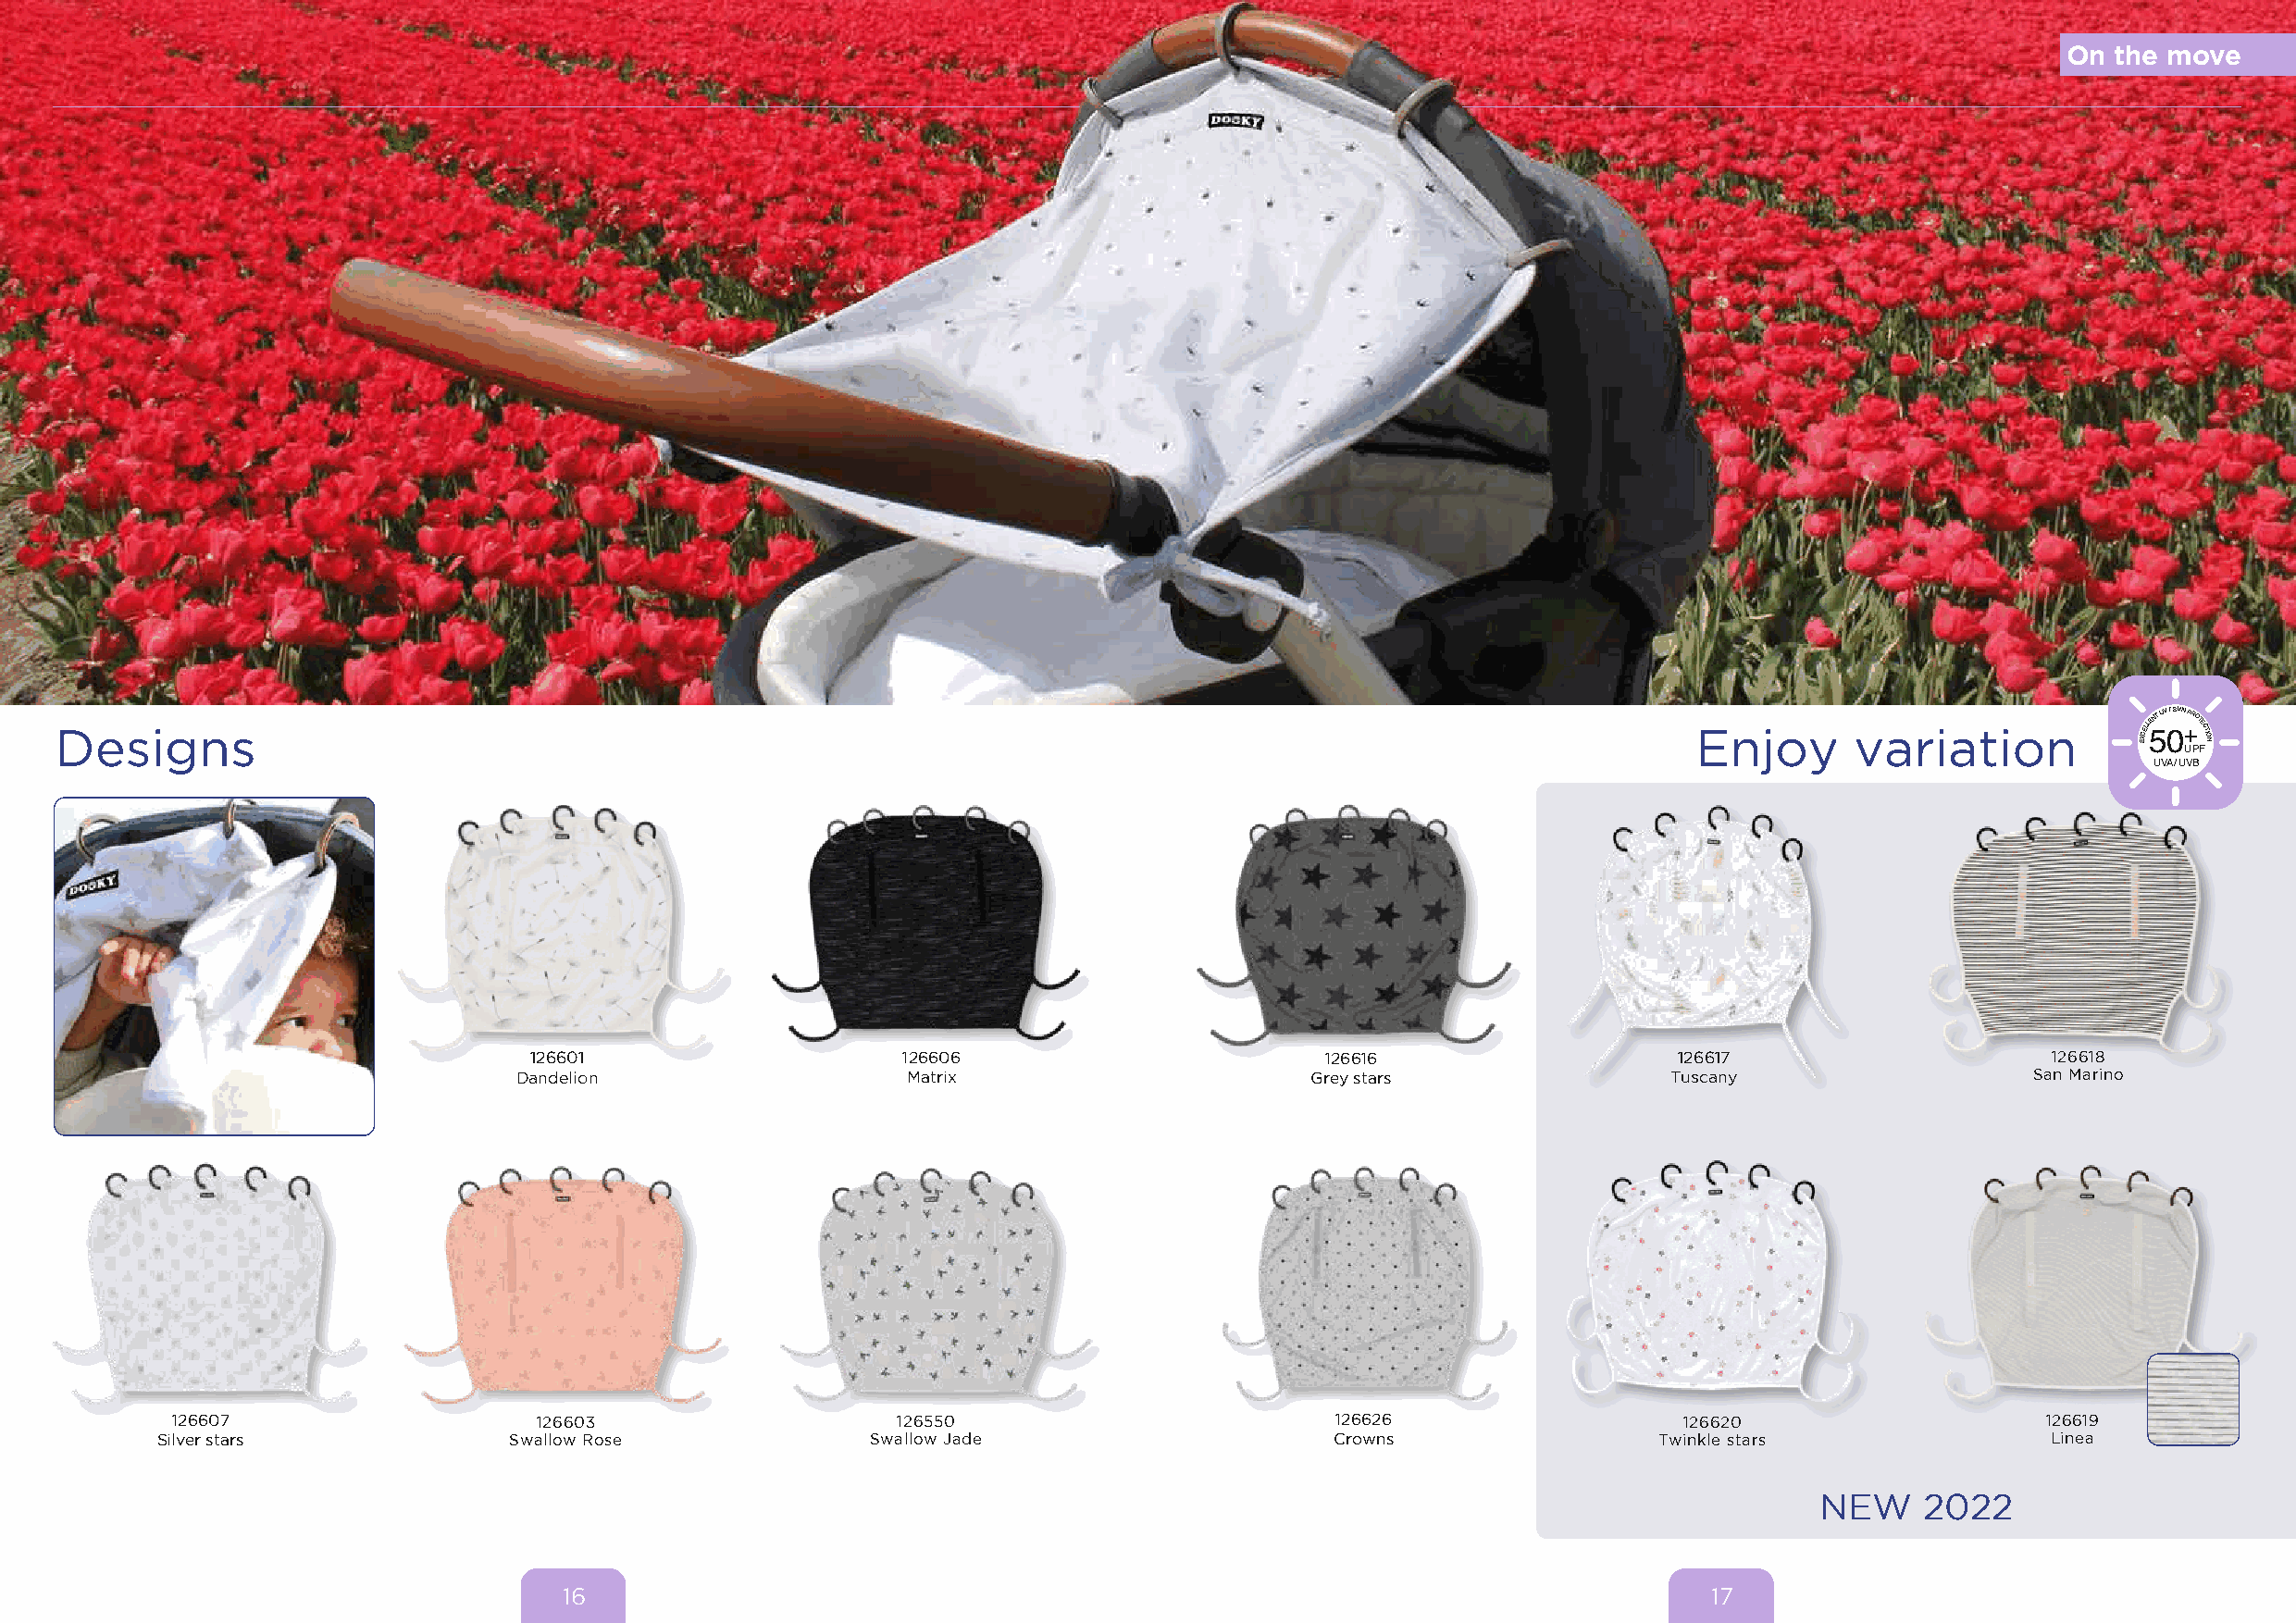
On the move
 Designs                                                                                                              Enjoy       variation           EXCELL
 5ENT UV
 0
 / SUN
 +
 PROTECTION
 UPF
 UVA / UVB
 126601                     126606                        126616                   126617                     126618
 Dandelion                   Matrix                       Grey stars               Tuscany                   San Marino
 126607                    126603                    126550                          126626                  126620                    126619
 Silver stars             Swallow Rose              Swallow Jade                     Crowns                  Twinkle stars               Linea
 NEW     2022
 16                                                                                17